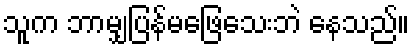
သူက ဘာမျှပြန်မဖြေသေးဘဲ နေသည်။